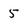
Character: 5